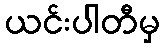
ယင်းပါတီမှ